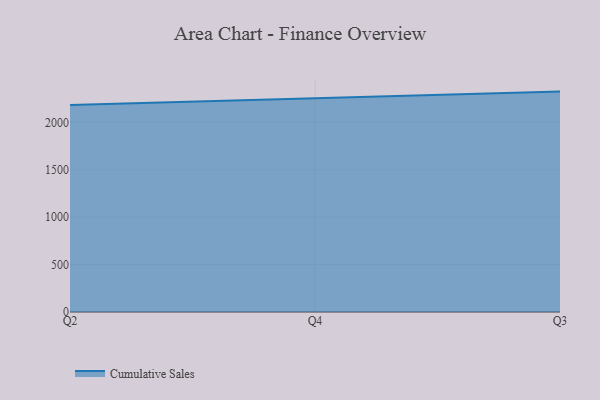
{"axis": {"x": "Quarter", "y": "LTV (USD)"}, "legend": ["Cumulative Sales"], "data": [{"x": "Q2", "y": 2183.0, "type": "Cumulative Sales"}, {"x": "Q4", "y": 2252.6, "type": "Cumulative Sales"}, {"x": "Q3", "y": 2324.4, "type": "Cumulative Sales"}]}